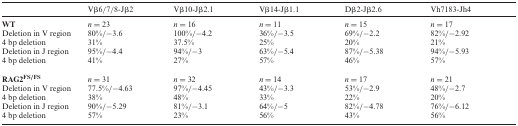
<table><thead><tr><td></td><td><b>Vβ6/7/8-Jβ2</b></td><td><b>Vβ10-Jβ2.1</b></td><td><b>Vβ14-Jβ1.1</b></td><td><b>Dβ2-Jβ2.6</b></td><td><b>Vh7183-Jh4</b></td></tr></thead><tbody><tr><td><b>WT</b></td><td><i>n</i> = 23</td><td><i>n</i> = 16</td><td><i>n</i> = 11</td><td><i>n</i> = 15</td><td><i>n</i> = 17</td></tr><tr><td>Deletion in V region</td><td>80%/−3.6</td><td>100%/−4.2</td><td>36%/−3.5</td><td>69%/−2.2</td><td>82%/−2.92</td></tr><tr><td>4 bp deletion</td><td>31%</td><td>37.5%</td><td>25%</td><td>20%</td><td>21%</td></tr><tr><td>Deletion in J region</td><td>95%/−4.4</td><td>94%/−3</td><td>63%/−5.4</td><td>87%/−5.38</td><td>94%/−5.93</td></tr><tr><td>4 bp deletion</td><td>41%</td><td>27%</td><td>57%</td><td>46%</td><td>57%</td></tr><tr><td><b>RAG2<sup>FS/FS</sup></b></td><td><i>n</i> = 31</td><td><i>n</i> = 32</td><td><i>n</i> = 14</td><td><i>n</i> = 17</td><td><i>n</i> = 21</td></tr><tr><td>Deletion in V region</td><td>77.5%/−4.63</td><td>97%/−4.45</td><td>43%/−3.3</td><td>53%/−2.9</td><td>48%/−2.7</td></tr><tr><td>4 bp deletion</td><td>38%</td><td>48%</td><td>33%</td><td>22%</td><td>20%</td></tr><tr><td>Deletion in J region</td><td>90%/−5.29</td><td>81%/−3.1</td><td>64%/−5</td><td>82%/−4.78</td><td>76%/−6.12</td></tr><tr><td>4 bp deletion</td><td>57%</td><td>23%</td><td>56%</td><td>43%</td><td>56%</td></tr></tbody></table>